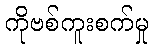
ကိုဗစ်ကူးစက်မှု